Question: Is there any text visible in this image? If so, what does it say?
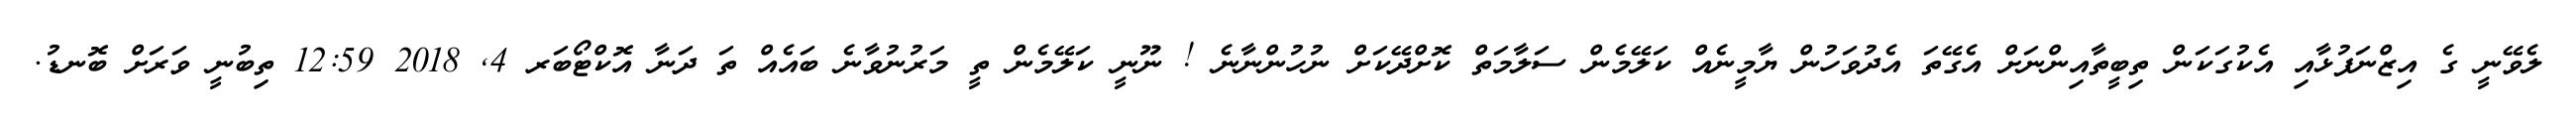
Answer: ލެވޭނީ ގެ އިޒްނަފުޅާއި އެކުގަކަން ތިބީތާއިންނަށް އެގޭތަ އެދުވަހުން ޔާމީނެއް ކަލޭމެން ސަލާމަތް ކޮށްދޭކަށް ނުހުންނާނެ ! ނޫނީ ކަލޭމެން ތީ މަރުނުވާނެ ބައެއް ތަ ދަނާ އޮކްޓޯބަރ 4, 2018 12:59 ތިބުނީ ވަރަށް ބޮނޑު.